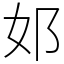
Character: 邚